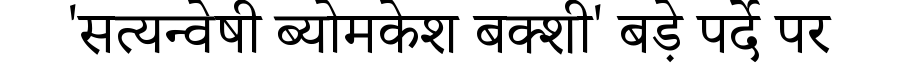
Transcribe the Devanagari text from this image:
'सत्यन्वेषी ब्योमकेश बक्शी' बड़े पर्दे पर